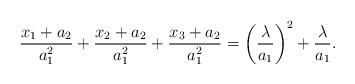
LaTeX: \begin{align*}\frac{x_1+a_2}{a_1^2}+\frac{x_2+a_2}{a_1^2}+\frac{x_3+a_2}{a_1^2}=\left(\frac{\lambda}{a_1}\right)^2+\frac{\lambda}{a_1}.\end{align*}